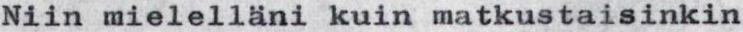
Niin mielelläni kuin matkustaisinkin